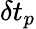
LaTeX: \delta t_{p}